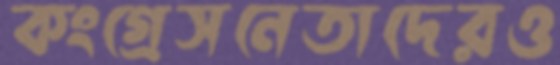
কংগ্রেসনেতাদেরও